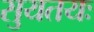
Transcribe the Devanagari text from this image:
सुयतयः